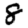
Digit: 8